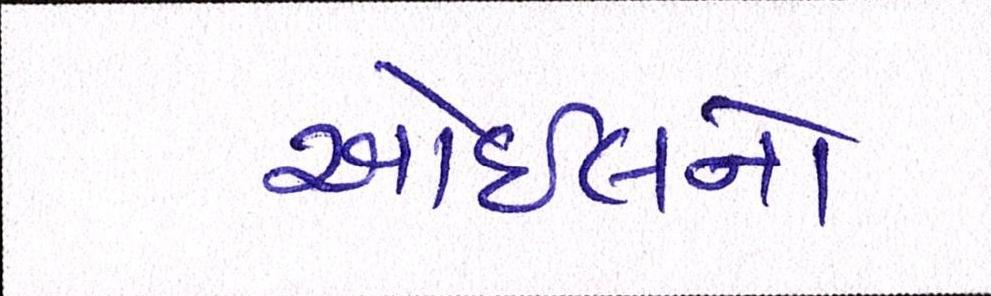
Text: ઓઇલનો